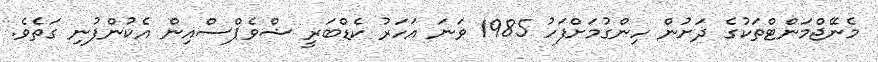
މެނޭޖްމަންޓްތަކުގެ ދަށުން ހިންގުމަށްފަހު 1985 ވަނަ އަހަރު ކެޑްބަރީ ޝްވެޕްސްއިން އެކުންފުނި ގަތެވެ.